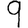
Digit: 9